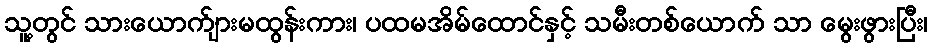
သူ့တွင် သားယောက်ျားမထွန်းကား၊ ပထမအိမ်ထောင်နှင့် သမီးတစ်ယောက် သာ မွေးဖွားပြီး၊